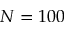
N = 1 0 0